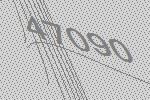
47090